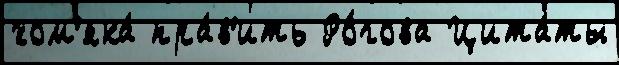
хом'яка́ пра́в'ить Ро́гова Цита́ты